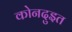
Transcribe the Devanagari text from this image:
कोनदुइत